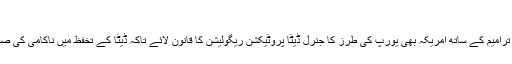
‘
بیشر صارفین کا مطالبہ ہے کہ چند ترامیم کے ساتھ امریکہ بھی یورپ کی طرز کا جنرل ڈیٹا پروٹیکشن ریگولیشن کا قانون لائے تاکہ ڈیٹا کے تخفظ میں ناکامی کی صورت میں سزا کا تعین کیا جا سکے۔